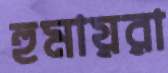
হুমায়রা